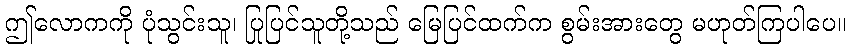
ဤလောကကို ပုံသွင်းသူ၊ ပြုပြင်သူတို့သည် မြေပြင်ထက်က စွမ်းအားတွေ မဟုတ်ကြပါပေ။